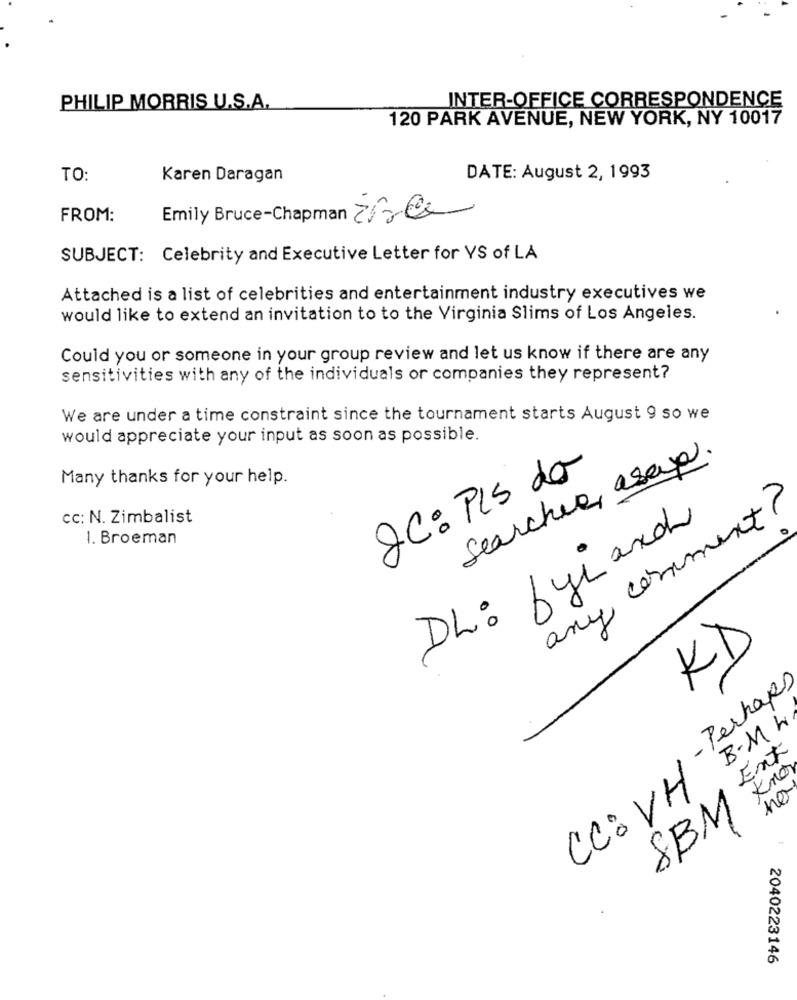
INTER-OFFICE CORRESPONDENCE
PHILIP MORRIS U.S.A.
120 PARK AVENUE, NEW YORK, NY 10017
TO:
Karen Daragan
DATE: August 2, 1993
FROM:
Emily Bruce-Chapman 212@
SUBJECT: Celebrity and Executive Letter for VS of LA
Attached is a list of celebrities and entertainment industry executives we
would like to extend an invitation to to the Virginia Slims of Los Angeles.
Could you or someone in your group review and let us know if there are any
sensitivities with any of the individuals or companies they represent?
We are under a time constraint since the tournament starts August 9 so we
would appreciate your input as soon as possible.
Searchie, asap.
JC: PLS da
Many thanks for your help.
any comment?
cc: N. Zimbalist
DL: byi and
1. Broeman
KD
- Perhaps
B-M 4
Ent
Kno
CC: VH
no
SBM
2040223146